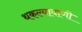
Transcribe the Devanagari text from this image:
थकल्यावाणी